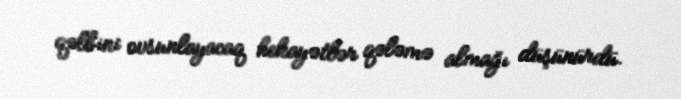
qəlbini ovsunlayacaq hekayətlər qələmə almağı düşünürdü.